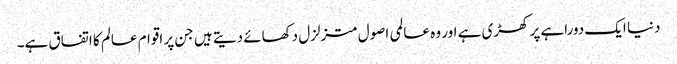
دنیا ایک دوراہے پر کھڑی ہے اور وہ عالمی اصول متزلزل دکھائے دیتے ہیں جن پر اقوام عالم کا اتفاق ہے۔